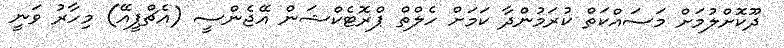
ދޫކޮށްލުމަށް މަސައްކަތް ކުރަމުންދާ ކަމަށް ހެލްތް ޕްރޮޓެކްޝަން އޭޖެންސީ (އެޗްޕީއޭ) މިހާރު ވަނީ